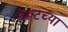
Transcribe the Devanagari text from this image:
बैरूटच्या